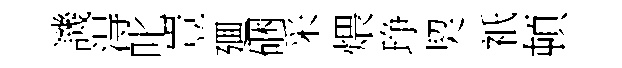
譏淂叱豈廽硱采煨琤契祇頓